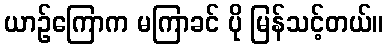
ယာဉ်ကြောက မကြာခင် ပို မြန်သင့်တယ်။